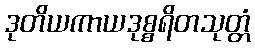
ဒုတိယကာယဒုစ္စရိတသုတ္တံ